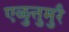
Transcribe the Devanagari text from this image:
एळुत्तुमुरै